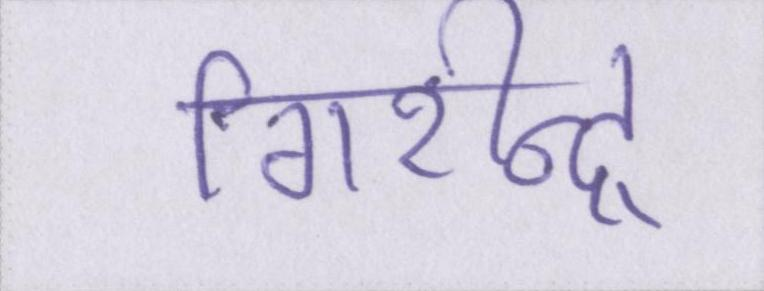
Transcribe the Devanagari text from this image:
गिरीन्द्र